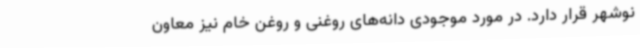
نوشهر قرار دارد. در مورد موجودی دانه‌های روغنی و روغن خام نیز معاون